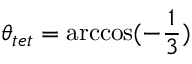
\theta _ { t e t } = \operatorname { a r c c o s } ( - \frac { 1 } { 3 } )